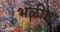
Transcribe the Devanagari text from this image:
भळीन